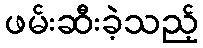
ဖမ်းဆီးခဲ့သည့်